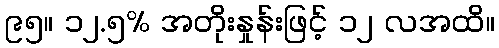
၉၅။ ၁၂.၅% အတိုးနှုန်းဖြင့် ၁၂ လအထိ။